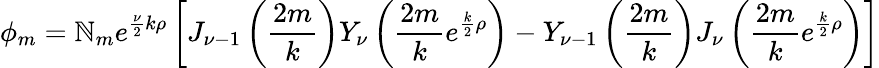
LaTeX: \phi_{m}=\mathbb{N}_{m}e^{{\frac{{\nu}}{{2}}}k\rho}\left[J_{\nu-1}\left({\frac{{2m}}{{k}}}\right)Y_{\nu}\left({\frac{{2m}}{{k}}}e^{{\frac{{k}}{{2}}}\rho}\right)-Y_{\nu-1}\left({\frac{{2m}}{{k}}}\right)J_{\nu}\left({\frac{{2m}}{{k}}}e^{{\frac{{k}}{{2}}}\rho}\right)\right]